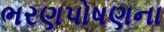
ભરણપોષણના